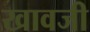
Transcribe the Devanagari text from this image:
खावजी